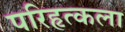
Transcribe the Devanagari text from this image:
परिहृत्कला